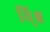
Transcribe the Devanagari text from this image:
वि्श्व